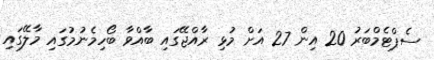
ސެޕްޓެމްބަރު 20 އިން 27 އަށް މުޅި ރާއްޖޭގައި ބާއްވާ ބޯހިމެނުމުގައި މާލޭގައި